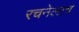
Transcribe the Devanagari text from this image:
रचनेलाच